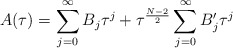
\begin{align*}A(\tau)=\sum_{j=0}^\infty B_{j}\tau^j+\tau ^{\frac{N-2}{2}}\sum_{j=0}^\infty B_{j}'\tau^j \end{align*}